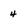
Character: 4